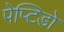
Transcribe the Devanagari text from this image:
पेप्टिडो